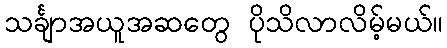
သင်္ချာအယူအဆတွေ ပိုသိလာလိမ့်မယ်။